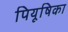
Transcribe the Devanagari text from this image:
पियूषिका